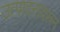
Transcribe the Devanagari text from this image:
उत्पादनावरून